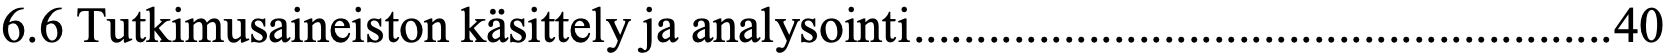
6.6 Tutkimusaineiston käsittely ja analysointi ........................................................ 40